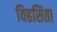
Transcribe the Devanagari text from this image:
विहसिता